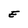
Character: E